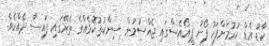
ކާޑު އެޑް ކުރުމަށްފަހު ފޯނު ޕީއޯއެސްގައި ޖެއްސުމުން ސިންކުތުކޮޅެއްގެ ތެރޭގައި ފައިސާ ދެއްކެވެ.